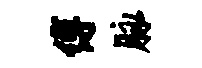
缚脉